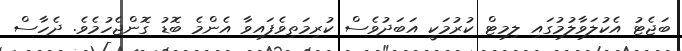
ބަޖެޓު އެކުލަވާލުމުގައި ލިމިޓް ކުރުމަކީ އަބަދުވެސް ކުރިމަތިވެފައިވާ އެންމެ ބޮޑު ގޮންޖެހުމެވެ. ދެހާސް